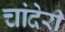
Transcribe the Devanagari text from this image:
चांदेरी